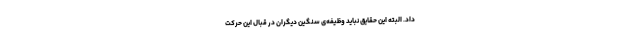
داد. البتّه این حقایق نباید وظیفه‌ی سنگین دیگران در قبال این حرکت